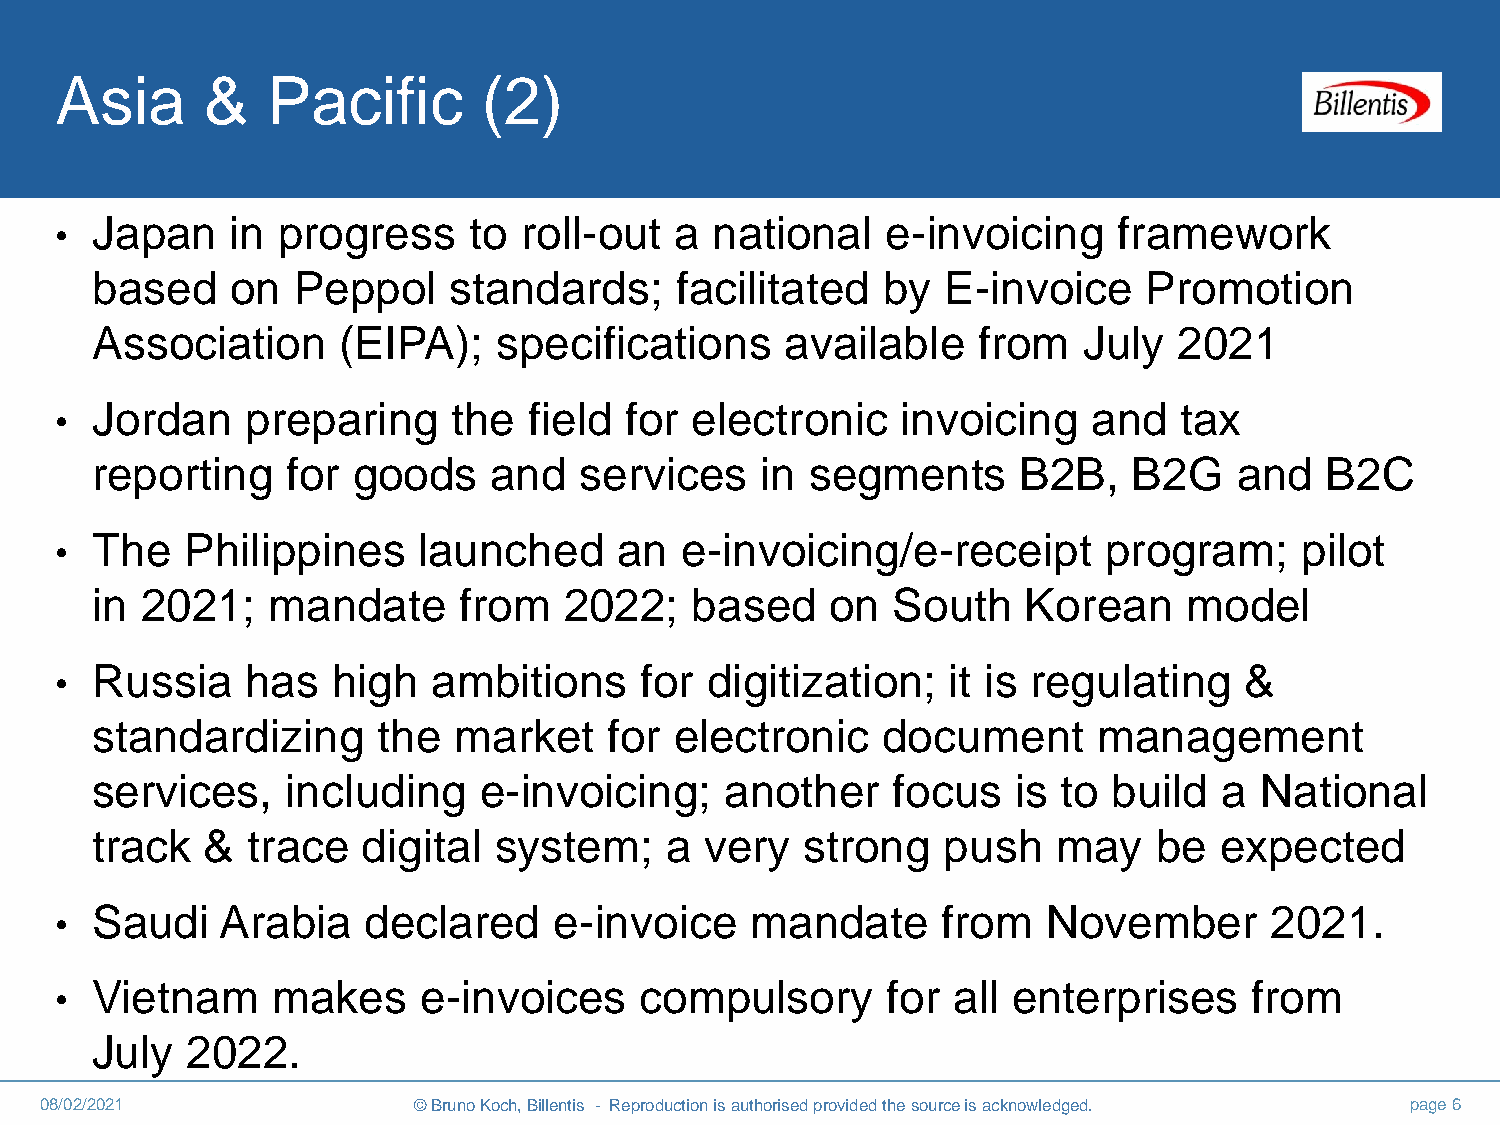
Asia     &    Pacific       (2)
 Japan    in progress     to roll-out   a national    e-invoicing    framework
 •
 based    on  Peppol     standards;     facilitated  by  E-invoice     Promotion
 Association     (EIPA);    specifications     available    from   July  2021
 Jordan    preparing     the  field for  electronic    invoicing   and   tax
 •
 reporting    for goods    and   services    in  segments      B2B,   B2G    and   B2C
 The   Philippines     launched     an  e-invoicing/e-receipt       program;     pilot
 •
 in 2021;    mandate     from   2022;    based    on  South    Korean     model
 Russia    has   high   ambitions    for  digitization;   it is regulating   &
 •
 standardizing      the  market    for  electronic   document       management
 services,    including    e-invoicing;    another    focus   is to  build  a National
 track   & trace   digital  system;    a  very  strong   push    may    be  expected
 Saudi    Arabia   declared     e-invoice    mandate     from   November       2021.
 •
 Vietnam     makes     e-invoices    compulsory       for all enterprises     from
 •
 July  2022.
 08/02/2021              © Bruno Koch, Billentis - Reproduction is authorised provided the source is acknowledged. page 6